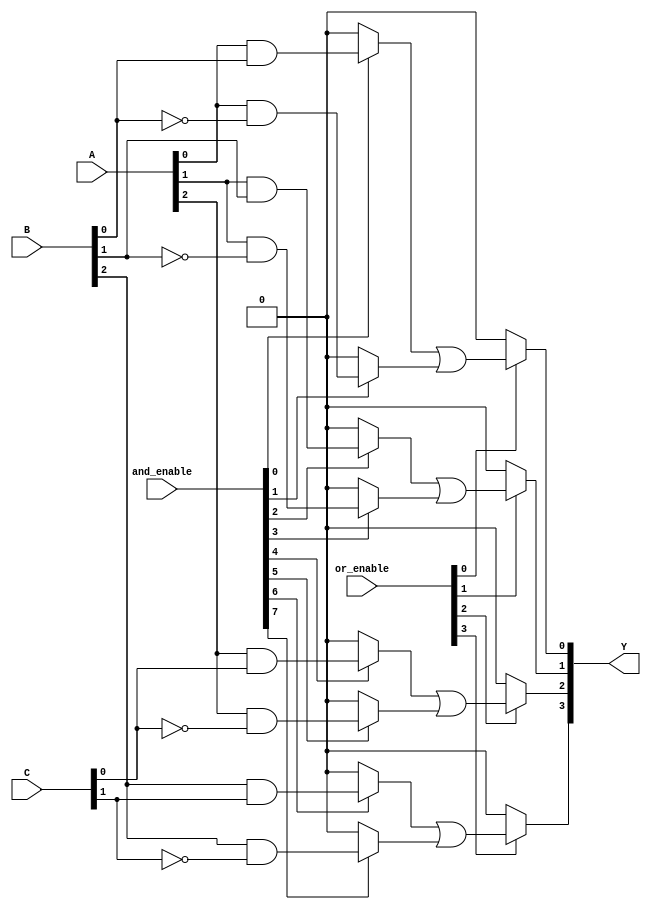
module PLA (
    input wire [2:0] A,  // Example: 3 input lines
    input wire [2:0] B,  // Example: 3 input lines
    input wire [2:0] C,  // Example: 3 input lines
    input wire [7:0] and_enable, // Control signals for AND gates
    input wire [3:0] or_enable, // Control signals for OR gates
    output wire [3:0] Y      // Outputs
);

// Programmable AND Array
wire [7:0] product_terms;

// AND gate implementations based on control signals
assign product_terms[0] = and_enable[0] ? (A[0] & B[0]) : 1'b0; // A0 AND B0
assign product_terms[1] = and_enable[1] ? (A[0] & ~B[0]) : 1'b0; // A0 AND NOT B0
assign product_terms[2] = and_enable[2] ? (A[1] & B[1]) : 1'b0; // A1 AND B1
assign product_terms[3] = and_enable[3] ? (A[1] & ~B[1]) : 1'b0; // A1 AND NOT B1
assign product_terms[4] = and_enable[4] ? (A[2] & C[0]) : 1'b0; // A2 AND C0
assign product_terms[5] = and_enable[5] ? (A[2] & ~C[0]) : 1'b0; // A2 AND NOT C0
assign product_terms[6] = and_enable[6] ? (B[2] & C[1]) : 1'b0; // B2 AND C1
assign product_terms[7] = and_enable[7] ? (B[2] & ~C[1]) : 1'b0; // B2 AND NOT C1

// Programmable OR Array
assign Y[0] = or_enable[0] ? (product_terms[0] | product_terms[1]) : 1'b0; // Output Y1
assign Y[1] = or_enable[1] ? (product_terms[2] | product_terms[3]) : 1'b0; // Output Y2
assign Y[2] = or_enable[2] ? (product_terms[4] | product_terms[5]) : 1'b0; // Output Y3
assign Y[3] = or_enable[3] ? (product_terms[6] | product_terms[7]) : 1'b0; // Output Y4

endmodule